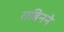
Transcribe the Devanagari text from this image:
राबिनने